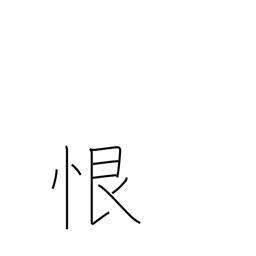
Meaning: malice